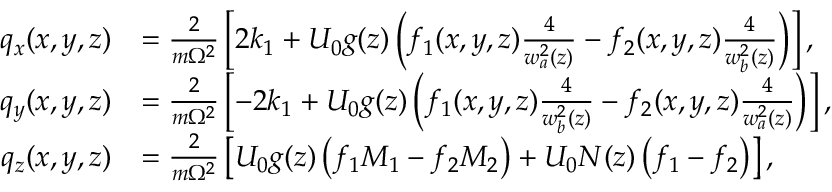
\begin{array} { r l } { q _ { x } ( x , y , z ) } & { = \frac { 2 } { m \Omega ^ { 2 } } \left[ 2 k _ { 1 } + U _ { 0 } g ( z ) \left( f _ { 1 } ( x , y , z ) \frac { 4 } { w _ { a } ^ { 2 } ( z ) } - f _ { 2 } ( x , y , z ) \frac { 4 } { w _ { b } ^ { 2 } ( z ) } \right) \right] , } \\ { q _ { y } ( x , y , z ) } & { = \frac { 2 } { m \Omega ^ { 2 } } \left[ - 2 k _ { 1 } + U _ { 0 } g ( z ) \left( f _ { 1 } ( x , y , z ) \frac { 4 } { w _ { b } ^ { 2 } ( z ) } - f _ { 2 } ( x , y , z ) \frac { 4 } { w _ { a } ^ { 2 } ( z ) } \right) \right] , } \\ { q _ { z } ( x , y , z ) } & { = \frac { 2 } { m \Omega ^ { 2 } } \left[ U _ { 0 } g ( z ) \left( f _ { 1 } M _ { 1 } - f _ { 2 } M _ { 2 } \right) + U _ { 0 } N ( z ) \left( f _ { 1 } - f _ { 2 } \right) \right] , } \end{array}